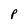
Character: P